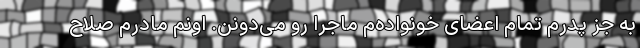
به جز پدرم تمام اعضای خونواده‌م ماجرا رو می‌دونن. اونم مادرم صلاح